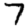
Digit: 7